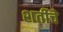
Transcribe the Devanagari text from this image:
शर्तीचे